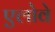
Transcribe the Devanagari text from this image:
एलोवे